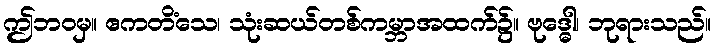
ဤဘဝမှ။ ဧကတိံသေ၊ သုံးဆယ်တစ်ကမ္ဘာအထက်၌။ ဗုဒ္ဓေါ၊ ဘုရားသည်။